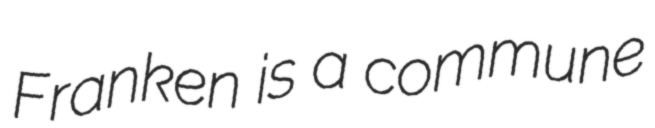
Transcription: Franken is a commune